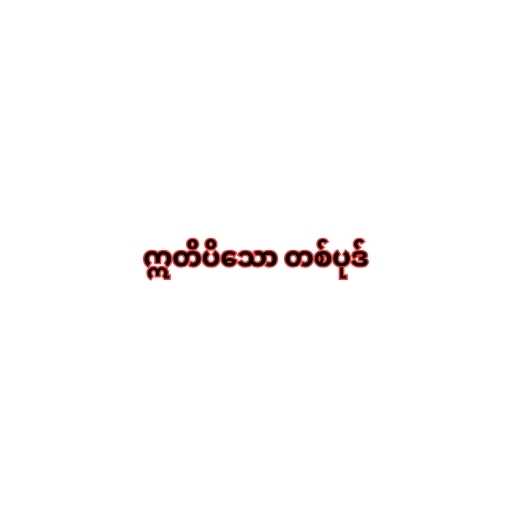
ဣတိပိသော တစ်ပုဒ်